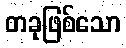
တခုဖြစ်သော